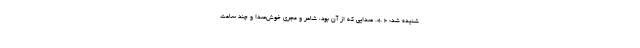
شنیده شد: « .». صدایی که از آنِ بود، شاعر و مجری خوش‌صدا و چند ساعت